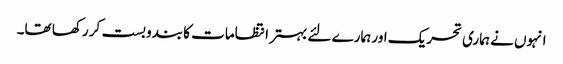
انہوں نے ہماری تحریک اور ہمارے لئے بہتر انتظامات کا بندوبست کر رکھا تھا۔